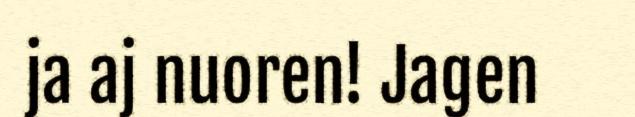
ja aj nuoren! Jagen